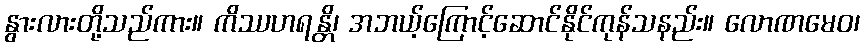
နွားလားတို့သည်ကား။ ကိဿဟရန္တိ၊ အဘယ့်ကြောင့်ဆောင်နိုင်ကုန်သနည်း။ လောဏမေဝ၊